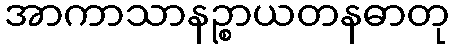
အာကာသာနဉ္စာယတနဓာတု